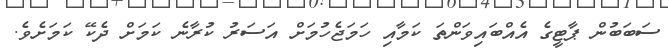
ސަބަބުން ޕާޓީގެ އެއްބައިވަންތަ ކަމާއި ހަމަޖެހުމަށް އަސަރު ކުރާނެ ކަމަށް ދެކޭ ކަމަށެވެ.